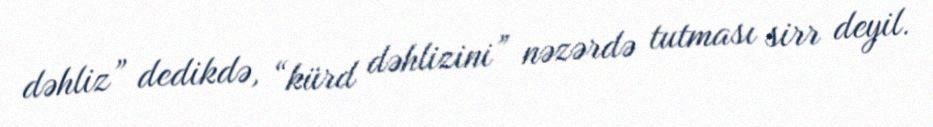
dəhliz” dedikdə, “kürd dəhlizini” nəzərdə tutması sirr deyil.